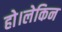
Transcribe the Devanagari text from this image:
हो।लेकिन